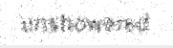
unshowered